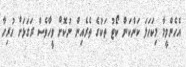
އެހެންވީމާ މިކަހަލަ ކަންކަން ކޯޓު ތަކުގެ ތެރެއިން ނުކޮށް ވީހާވެސް ރަގަޅަށް ހުރިހާ